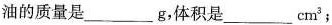
油的质量是___g，体积是___cm^{3} ;